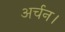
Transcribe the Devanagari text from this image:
अर्चन।